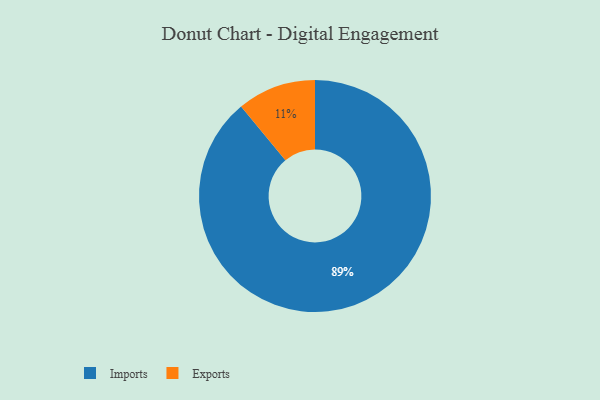
{"axis": {"x": "Category", "y": "Percentage"}, "legend": ["Exports", "Imports"], "data": [{"x": "Exports", "y": 11, "type": "Exports"}, {"x": "Imports", "y": 89, "type": "Imports"}]}